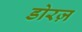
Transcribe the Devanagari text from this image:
डोरज़